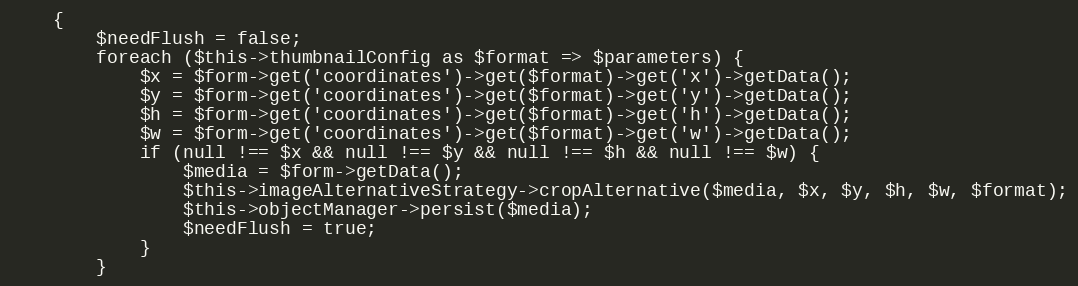
Language: PHP
    {
        $needFlush = false;
        foreach ($this->thumbnailConfig as $format => $parameters) {
            $x = $form->get('coordinates')->get($format)->get('x')->getData();
            $y = $form->get('coordinates')->get($format)->get('y')->getData();
            $h = $form->get('coordinates')->get($format)->get('h')->getData();
            $w = $form->get('coordinates')->get($format)->get('w')->getData();
            if (null !== $x && null !== $y && null !== $h && null !== $w) {
                $media = $form->getData();
                $this->imageAlternativeStrategy->cropAlternative($media, $x, $y, $h, $w, $format);
                $this->objectManager->persist($media);
                $needFlush = true;
            }
        }